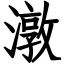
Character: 潡